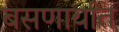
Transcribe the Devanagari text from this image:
बसणार्यात